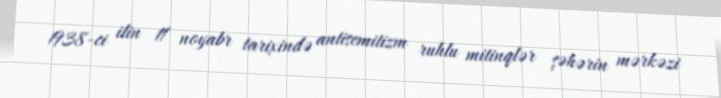
1938-ci ilin 11 noyabr tarixində antisemitizm ruhlu mitinqlər şəhərin mərkəzi